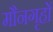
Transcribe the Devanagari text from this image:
मौनगृहों